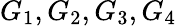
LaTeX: G_{1},G_{2},G_{3},G_{4}